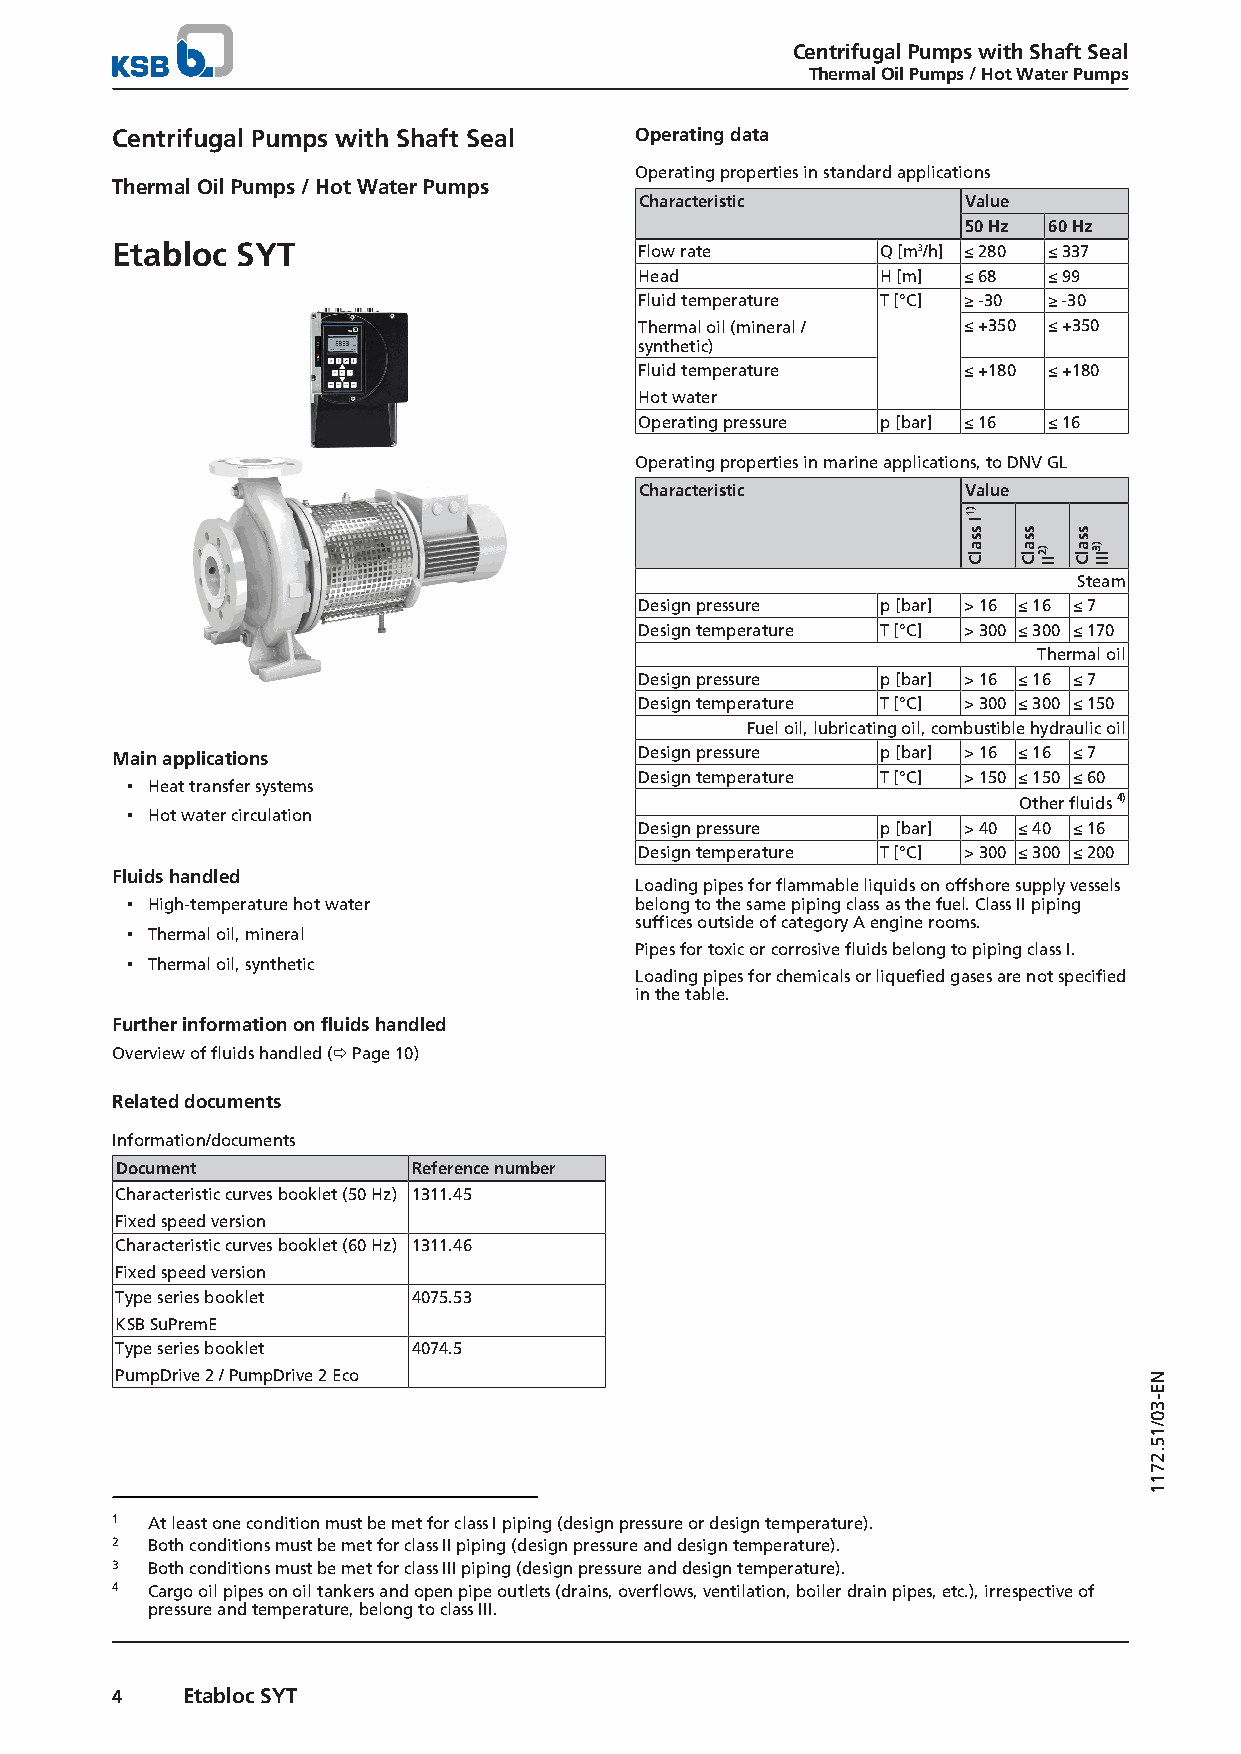
Centrifugal Pumps with Shaft Seal
 Thermal Oil Pumps / Hot Water Pumps
 Centrifugal Pumps with Shaft Seal  Operating data
 Operating properties in standard applications
 Thermal Oil Pumps / Hot Water Pumps
 Characteristic        Value
 50 Hz 60 Hz
 Etabloc  SYT                       Flow rate       Q [m3/h] ≤ 280 ≤ 337
 Head            H [m] ≤ 68 ≤ 99
 Fluid temperature T [°C] ≥ -30 ≥ -30
 Thermal oil (mineral / ≤ +350 ≤ +350
 synthetic)
 Fluid temperature     ≤ +180 ≤ +180
 Hot water
 Operating pressure p [bar] ≤ 16 ≤ 16
 Operating properties in marine applications, to DNV GL
 Characteristic        Value
 Steam
 Design pressure p [bar] > 16 ≤ 16 ≤ 7
 Design temperature T [°C] > 300 ≤ 300 ≤ 170
 Thermal oil
 Design pressure p [bar] > 16 ≤ 16 ≤ 7
 Design temperature T [°C] > 300 ≤ 300 ≤ 150
 Fuel oil, lubricating oil, combustible hydraulic oil
 Main applications                  Design pressure p [bar] > 16 ≤ 16 ≤ 7
 Design temperature T [°C] > 150 ≤ 150 ≤ 60
 ▪ Heat transfer systems
 Other fluids 4)
 ▪ Hot water circulation
 Design pressure p [bar] > 40 ≤ 40 ≤ 16
 Design temperature T [°C] > 300 ≤ 300 ≤ 200
 Fluids handled
 Loading pipes for flammable liquids on offshore supply vessels
 ▪ High-temperature hot water      belong to the same piping class as the fuel. Class II piping
 suffices outside of category A engine rooms.
 ▪ Thermal oil, mineral
 Pipes for toxic or corrosive fluids belong to piping class I.
 ▪ Thermal oil, synthetic
 Loading pipes for chemicals or liquefied gases are not specified
 in the table.
 Further information on fluids handled
 Overview of fluids handled (ð Page 10)
 Related documents
 Information/documents
 Document           Reference number
 Characteristic curves booklet (50 Hz) 1311.45
 Fixed speed version
 Characteristic curves booklet (60 Hz) 1311.46
 Fixed speed version
 Type series booklet 4075.53
 KSB SuPremE
 Type series booklet 4074.5
 PumpDrive 2 / PumpDrive 2 Eco
 1  At least one condition must be met for class I piping (design pressure or design temperature).
 2  Both conditions must be met for class II piping (design pressure and design temperature).
 3  Both conditions must be met for class III piping (design pressure and design temperature).
 4  Cargo oil pipes on oil tankers and open pipe outlets (drains, overflows, ventilation, boiler drain pipes, etc.), irrespective of
 pressure and temperature, belong to class III.
 4    Etabloc SYT
 )1I
 ssalC ssalC
 )2II
 ssalC
 )3III
 NE-30/15.2711